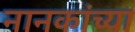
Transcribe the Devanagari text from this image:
नानकांच्या